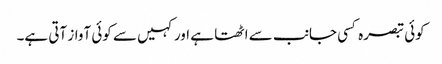
کوئی تبصرہ کسی جانب سے اٹھتا ہے اور کہیں سے کوئی آواز آتی ہے۔